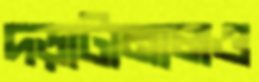
দড়াটানালও